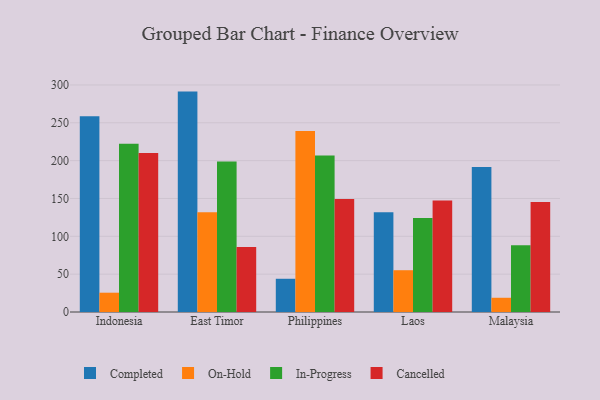
{"axis": {"x": "Country", "y": "Bounce Rate (%)"}, "legend": ["Cancelled", "Completed", "In-Progress", "On-Hold"], "data": [{"x": "Indonesia", "y": 258.5, "type": "Completed"}, {"x": "Indonesia", "y": 25.5, "type": "On-Hold"}, {"x": "Indonesia", "y": 222.3, "type": "In-Progress"}, {"x": "Indonesia", "y": 210.0, "type": "Cancelled"}, {"x": "East Timor", "y": 291.2, "type": "Completed"}, {"x": "East Timor", "y": 131.7, "type": "On-Hold"}, {"x": "East Timor", "y": 198.8, "type": "In-Progress"}, {"x": "East Timor", "y": 85.9, "type": "Cancelled"}, {"x": "Philippines", "y": 43.9, "type": "Completed"}, {"x": "Philippines", "y": 239.0, "type": "On-Hold"}, {"x": "Philippines", "y": 206.8, "type": "In-Progress"}, {"x": "Philippines", "y": 149.4, "type": "Cancelled"}, {"x": "Laos", "y": 131.7, "type": "Completed"}, {"x": "Laos", "y": 55.2, "type": "On-Hold"}, {"x": "Laos", "y": 124.3, "type": "In-Progress"}, {"x": "Laos", "y": 147.2, "type": "Cancelled"}, {"x": "Malaysia", "y": 191.6, "type": "Completed"}, {"x": "Malaysia", "y": 18.8, "type": "On-Hold"}, {"x": "Malaysia", "y": 88.1, "type": "In-Progress"}, {"x": "Malaysia", "y": 145.3, "type": "Cancelled"}]}